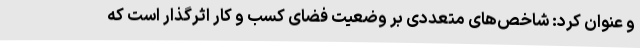
و عنوان کرد: شاخص‌های متعددی بر وضعیت فضای کسب و کار اثرگذار است که